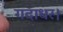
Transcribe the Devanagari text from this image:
गदाधर।